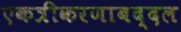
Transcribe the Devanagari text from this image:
एकत्रीकरणाबद्दल